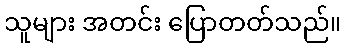
သူများ အတင်း ပြောတတ်သည်။